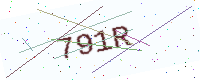
Text: 791R